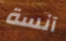
آنسة